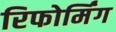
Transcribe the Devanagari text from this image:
रिफोर्मिंग